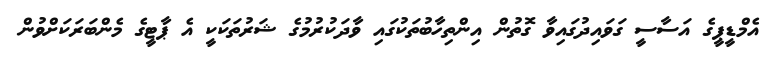
އެމްޑީޕީގެ އަސާސީ ގަވައިދުގައިވާ ގޮތުން އިންތިހާބުތަކުގައި ވާދަކުރުމުގެ ޝަރުތަކަކީ އެ ޕާޓީގެ މެންބަރަކަށްވުން